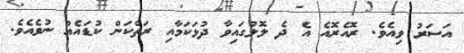
އަސަރު ވިއެވެ. ރޮއެރޮއެ އެ ދެ ލޮލުގައިވާ ދުޅަކަމާއި ރަތްކަން ކުޑައެއް ނުވެއެވެ.